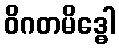
ဝိဂတမိဒ္ဓေါ